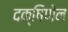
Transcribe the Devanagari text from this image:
दक्षिणेन